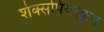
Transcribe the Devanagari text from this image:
शेक्सपियरकृत